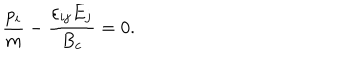
\frac { p _ { i } } { m } - \frac { \varepsilon _ { i j } E _ { j } } { B _ { c } } = 0 .